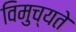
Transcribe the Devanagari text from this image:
विमुच्यते